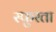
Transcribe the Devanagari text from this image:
स्फुरता